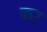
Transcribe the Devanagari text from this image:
का